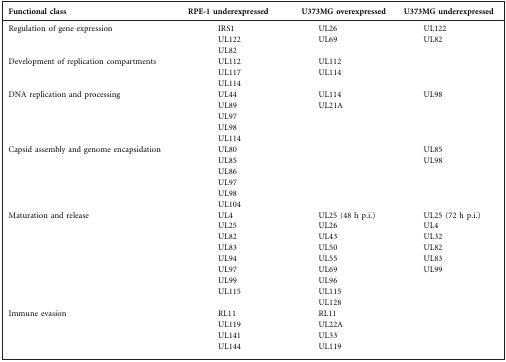
<table><thead><tr><td><b>Functional class</b></td><td><b>RPE-1 underexpressed</b></td><td><b>U373MG overexpressed</b></td><td><b>U373MG underexpressed</b></td></tr></thead><tbody><tr><td>Regulation of gene expression</td><td>IRS1</td><td>UL26</td><td>UL122</td></tr><tr><td></td><td>UL122</td><td>UL69</td><td>UL82</td></tr><tr><td></td><td>UL82</td><td></td><td></td></tr><tr><td>Development of replication compartments</td><td>UL112</td><td>UL112</td><td></td></tr><tr><td></td><td>UL117</td><td>UL114</td><td></td></tr><tr><td></td><td>UL114</td><td></td><td></td></tr><tr><td>DNA replication and processing</td><td>UL44</td><td>UL114</td><td>UL98</td></tr><tr><td></td><td>UL89</td><td>UL21A</td><td></td></tr><tr><td></td><td>UL97</td><td></td><td></td></tr><tr><td></td><td>UL98</td><td></td><td></td></tr><tr><td></td><td>UL114</td><td></td><td></td></tr><tr><td>Capsid assembly and genome encapsidation</td><td>UL80</td><td></td><td>UL85</td></tr><tr><td></td><td>UL85</td><td></td><td>UL98</td></tr><tr><td></td><td>UL86</td><td></td><td></td></tr><tr><td></td><td>UL97</td><td></td><td></td></tr><tr><td></td><td>UL98</td><td></td><td></td></tr><tr><td></td><td>UL104</td><td></td><td></td></tr><tr><td>Maturation and release</td><td>UL4</td><td>UL25 (48 h p.i.)</td><td>UL25 (72 h p.i.)</td></tr><tr><td></td><td>UL25</td><td>UL26</td><td>UL4</td></tr><tr><td></td><td>UL82</td><td>UL43</td><td>UL32</td></tr><tr><td></td><td>UL83</td><td>UL50</td><td>UL82</td></tr><tr><td></td><td>UL94</td><td>UL55</td><td>UL83</td></tr><tr><td></td><td>UL97</td><td>UL69</td><td>UL99</td></tr><tr><td></td><td>UL99</td><td>UL96</td><td></td></tr><tr><td></td><td>UL115</td><td>UL115</td><td></td></tr><tr><td></td><td></td><td>UL128</td><td></td></tr><tr><td>Immune evasion</td><td>RL11</td><td>RL11</td><td></td></tr><tr><td></td><td>UL119</td><td>UL22A</td><td></td></tr><tr><td></td><td>UL141</td><td>UL33</td><td></td></tr><tr><td></td><td>UL144</td><td>UL119</td><td></td></tr></tbody></table>